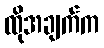
ထိုအချက်က